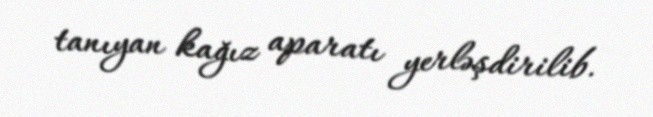
tanıyan kağız aparatı yerləşdirilib.